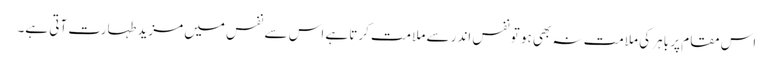
اس مقام پر باہر کی ملامت نہ بھی ہو تونفس اندر سے ملامت کرتا ہے اس سے نفس میں مزید طہارت آتی ہے۔